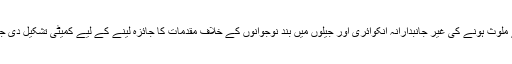
اور مسلم نوجوانوں کی گرفتاریوں اور دہشت گردانہ واقعات میں ان کے ملوث ہونے کی غیر جانبدارانہ انکوائری اور جیلوں میں بند نوجوانوں کے خلاف مقدمات کا جائزہ لینے کے لیے کمیٹی تشکیل دی جائے تاکہ اہل وطن کو ان کے خلاف الزامات کی حقیقت کا علم ہوسکے۔